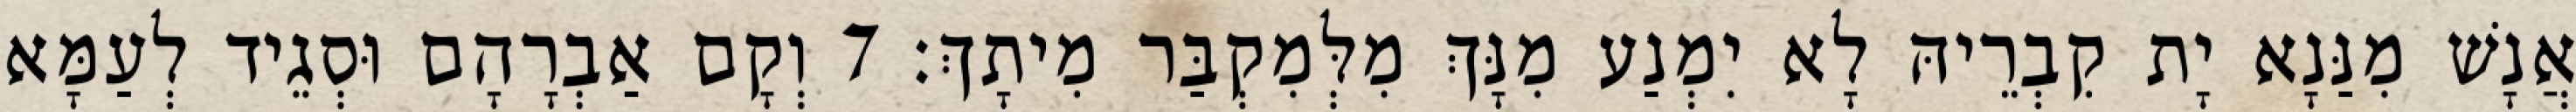
אֲנָשׁ מִנַּנָא יָת קִבְרֵיהּ לָא יִמְנַע מִנָּךְ מִלְּמִקְבַּר מִיתָךְ׃ 7 וְקָם אַבְרָהָם וּסְגֵיד לְעַמָּא